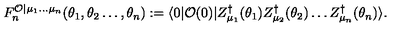
F _ { n } ^ { \mathcal { O } | \mu _ { 1 } \ldots \mu _ { n } } ( \theta _ { 1 } , \theta _ { 2 } \ldots , \theta _ { n } ) : = \langle 0 | \mathcal { O } ( 0 ) | Z _ { \mu _ { 1 } } ^ { \dagger } ( \theta _ { 1 } ) Z _ { \mu _ { 2 } } ^ { \dagger } ( \theta _ { 2 } ) \ldots Z _ { \mu _ { n } } ^ { \dagger } ( \theta _ { n } ) \rangle .